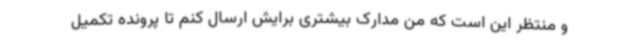
و منتظر این است که من مدارک بیشتری برایش ارسال کنم تا پرونده تکمیل